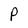
Character: P